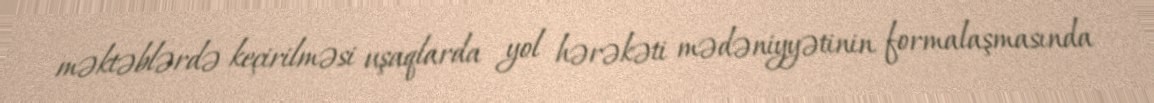
məktəblərdə keçirilməsi uşaqlarda yol hərəkəti mədəniyyətinin formalaşmasında